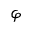
\varphi